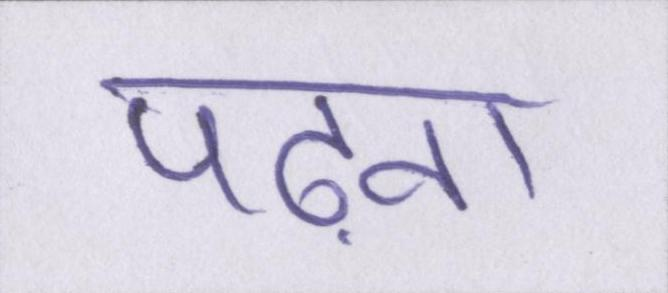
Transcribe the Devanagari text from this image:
पढ़ना